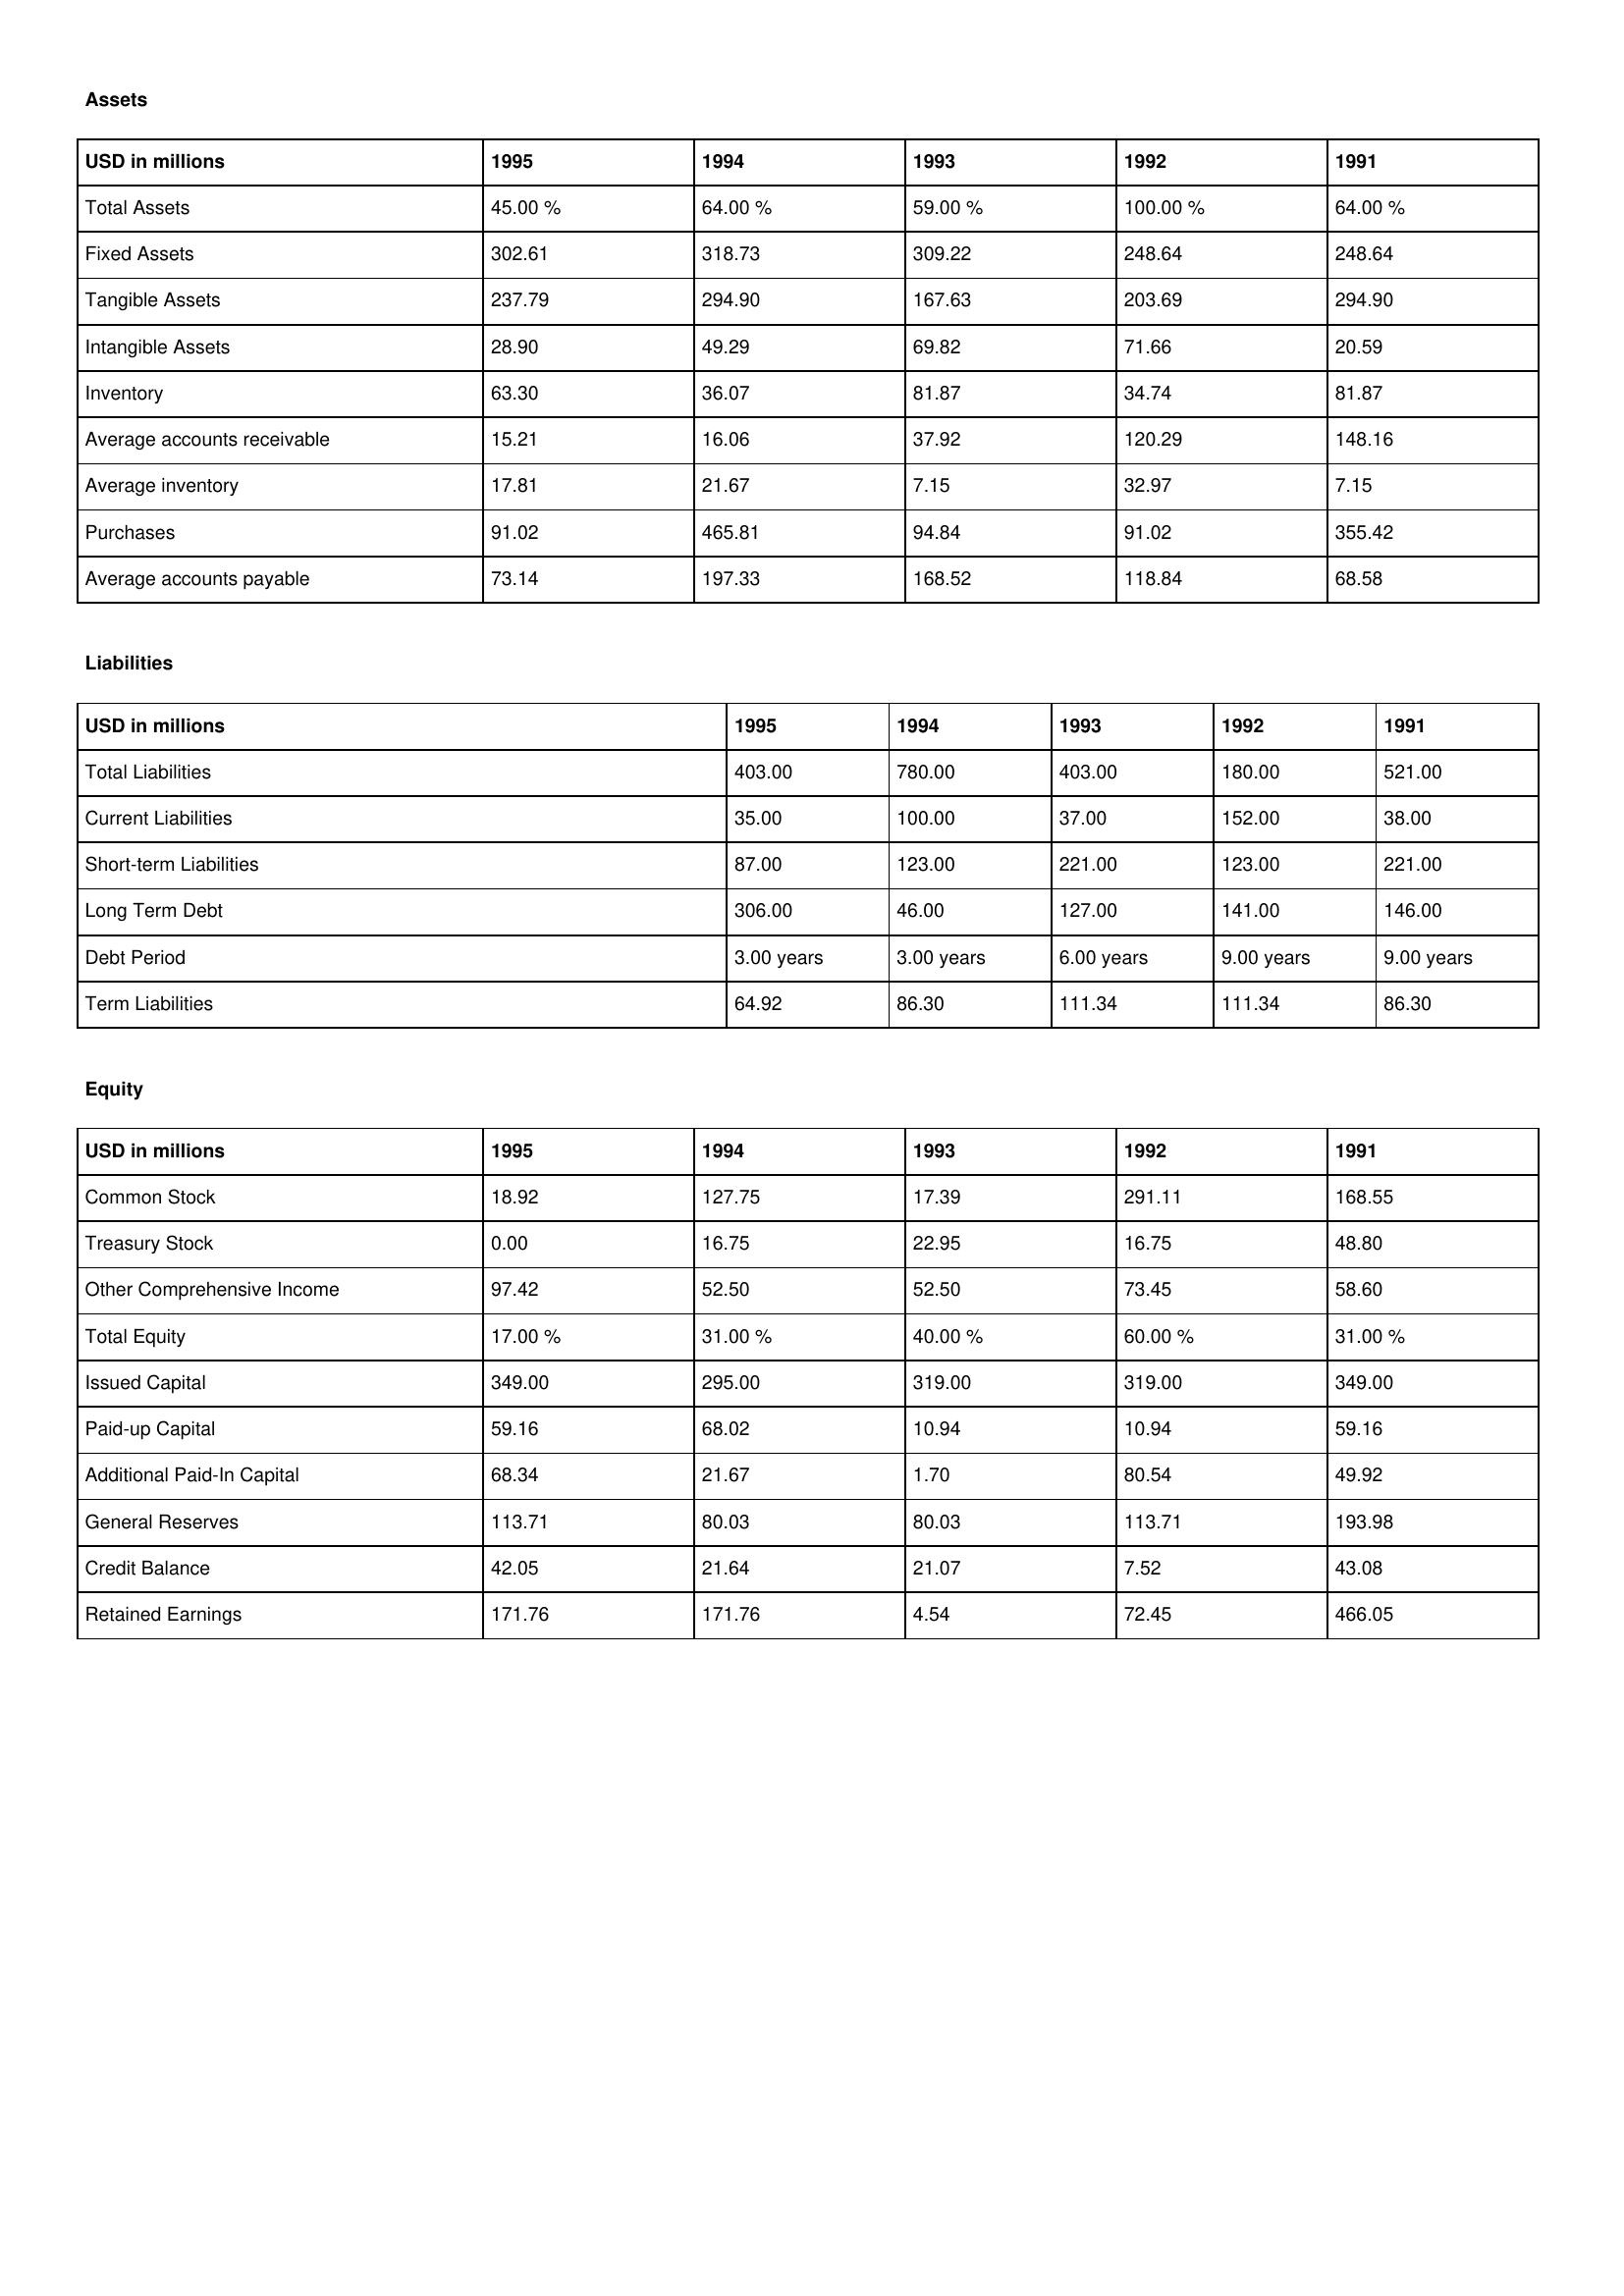
gt_parse: 1995: Assets: Total Assets: 45.00 %
Fixed Assets: 302.61
Tangible Assets: 237.79
Intangible Assets: 28.90
Inventory: 63.30
Average accounts receivable: 15.21
Average inventory: 17.81
Purchases: 91.02
Average accounts payable: 73.14
Liabilities: Total Liabilities: 403.00
Current Liabilities: 35.00
Short-term Liabilities: 87.00
Long Term Debt: 306.00
Debt Period: 3.00 years
Term Liabilities: 64.92
Equity: Common Stock: 18.92
Treasury Stock: 0.00
Other Comprehensive Income: 97.42
Total Equity: 17.00 %
Issued Capital: 349.00
Paid-up Capital: 59.16
Additional Paid-In Capital: 68.34
General Reserves: 113.71
Credit Balance: 42.05
Retained Earnings: 171.76
1994: Assets: Total Assets: 64.00 %
Fixed Assets: 318.73
Tangible Assets: 294.90
Intangible Assets: 49.29
Inventory: 36.07
Average accounts receivable: 16.06
Average inventory: 21.67
Purchases: 465.81
Average accounts payable: 197.33
Liabilities: Total Liabilities: 780.00
Current Liabilities: 100.00
Short-term Liabilities: 123.00
Long Term Debt: 46.00
Debt Period: 3.00 years
Term Liabilities: 86.30
Equity: Common Stock: 127.75
Treasury Stock: 16.75
Other Comprehensive Income: 52.50
Total Equity: 31.00 %
Issued Capital: 295.00
Paid-up Capital: 68.02
Additional Paid-In Capital: 21.67
General Reserves: 80.03
Credit Balance: 21.64
Retained Earnings: 171.76
1993: Assets: Total Assets: 59.00 %
Fixed Assets: 309.22
Tangible Assets: 167.63
Intangible Assets: 69.82
Inventory: 81.87
Average accounts receivable: 37.92
Average inventory: 7.15
Purchases: 94.84
Average accounts payable: 168.52
Liabilities: Total Liabilities: 403.00
Current Liabilities: 37.00
Short-term Liabilities: 221.00
Long Term Debt: 127.00
Debt Period: 6.00 years
Term Liabilities: 111.34
Equity: Common Stock: 17.39
Treasury Stock: 22.95
Other Comprehensive Income: 52.50
Total Equity: 40.00 %
Issued Capital: 319.00
Paid-up Capital: 10.94
Additional Paid-In Capital: 1.70
General Reserves: 80.03
Credit Balance: 21.07
Retained Earnings: 4.54
1992: Assets: Total Assets: 100.00 %
Fixed Assets: 248.64
Tangible Assets: 203.69
Intangible Assets: 71.66
Inventory: 34.74
Average accounts receivable: 120.29
Average inventory: 32.97
Purchases: 91.02
Average accounts payable: 118.84
Liabilities: Total Liabilities: 180.00
Current Liabilities: 152.00
Short-term Liabilities: 123.00
Long Term Debt: 141.00
Debt Period: 9.00 years
Term Liabilities: 111.34
Equity: Common Stock: 291.11
Treasury Stock: 16.75
Other Comprehensive Income: 73.45
Total Equity: 60.00 %
Issued Capital: 319.00
Paid-up Capital: 10.94
Additional Paid-In Capital: 80.54
General Reserves: 113.71
Credit Balance: 7.52
Retained Earnings: 72.45
1991: Assets: Total Assets: 64.00 %
Fixed Assets: 248.64
Tangible Assets: 294.90
Intangible Assets: 20.59
Inventory: 81.87
Average accounts receivable: 148.16
Average inventory: 7.15
Purchases: 355.42
Average accounts payable: 68.58
Liabilities: Total Liabilities: 521.00
Current Liabilities: 38.00
Short-term Liabilities: 221.00
Long Term Debt: 146.00
Debt Period: 9.00 years
Term Liabilities: 86.30
Equity: Common Stock: 168.55
Treasury Stock: 48.80
Other Comprehensive Income: 58.60
Total Equity: 31.00 %
Issued Capital: 349.00
Paid-up Capital: 59.16
Additional Paid-In Capital: 49.92
General Reserves: 193.98
Credit Balance: 43.08
Retained Earnings: 466.05